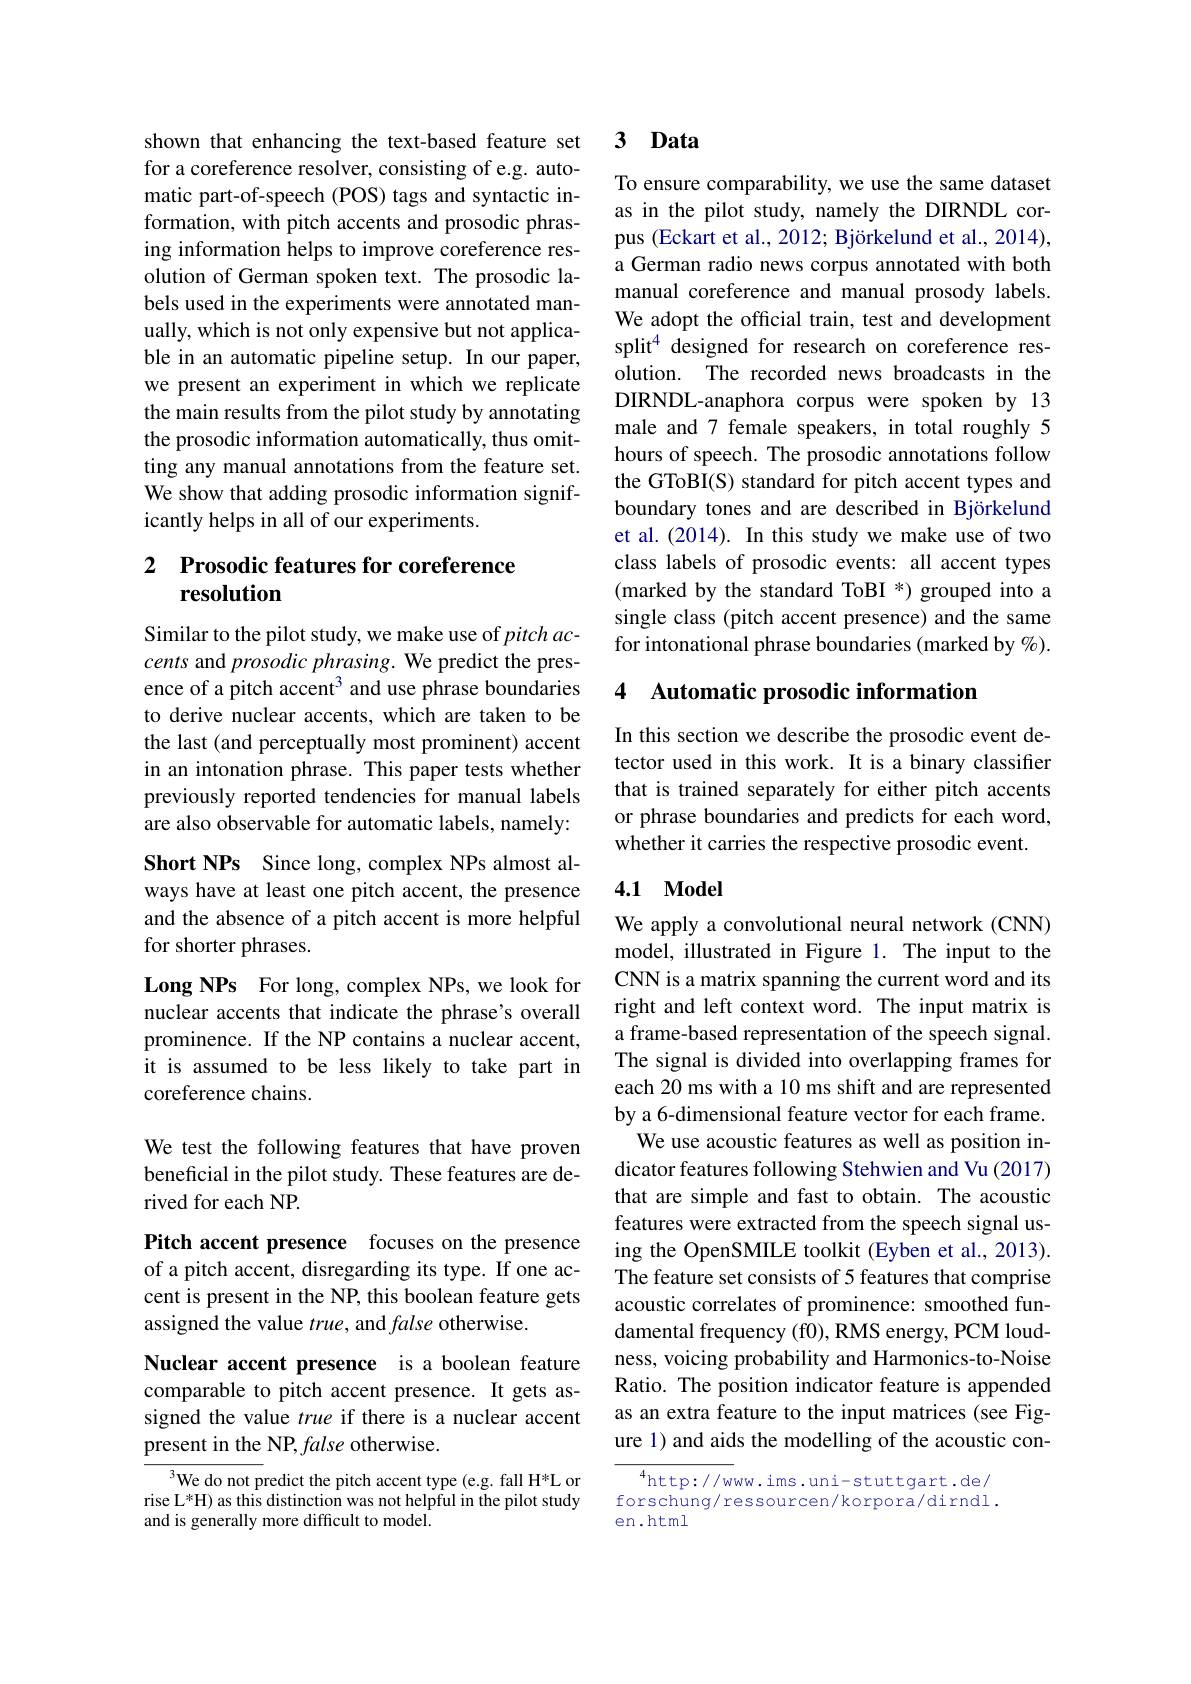
shown that enhancing the text-based feature set for a coreference resolver, consisting of e.g. automatic part-of-speech (POS) tags and syntactic information, with pitch accents and prosodic phrasing information helps to improve coreference resolution of German spoken text. The prosodic labels used in the experiments were annotated manually, which is not only expensive but not applicable in an automatic pipeline setup. In our paper, we present an experiment in which we replicate the main results from the pilot study by annotating the prosodic information automatically, thus omitting any manual annotations from the feature set. We show that adding prosodic information significantly helps in all of our experiments.

## 2 Prosodic features for coreference resolution

Similar to the pilot study, we make use of $pitchac-$ cents and prosodic phrasing. We predict the presence of a pitch accent$^3$ and use phrase boundaries to derive nuclear accents,which are taken to be the last (and perceptually most prominent) accent in an intonation phrase. This paper tests whether previously reported tendencies for manual labels are also observable for automatic labels, namely: Short NPs Since long, complex NPs almost always have at least one pitch accent, the presence and the absence of a pitch accent is more helpful for shorter phrases.
Long NPs For long, complex NPs, we look for nuclear accents that indicate the phrase's overall

prominence. If the NP contains a nuclear accent, it is assumed to be less likely to take part in coreference chains.

We test the following features that have proven beneficial in the pilot study. These features are derived for each NP.

Pitch accent presence focuses on the presence of a pitch accent, disregarding its type. If one accent is present in the NP, this boolean feature gets assigned the value $true$, and false otherwise.

Nuclear accent presence is a boolean feature comparable to pitch accent presence. It gets assigned the value true if there is a nuclear accent present in the NP, false otherwise.

We do not predict the pitch accent type (e.g. fall H*L or rise L*H) as this distinction was not helpful in the pilot study and is generally more difficult to model.

### 3 Data

To ensure comparability, we use the same dataset as in the pilot study, namely the DIRNDL corpus (Eckart et al., 2012; Björkelund et al., 2014), a German radio news corpus annotated with both manual coreference and manual prosody labels. We adopt the official train, test and development split$^{4}$ designed for research on coreference resolution. The recorded news broadcasts in the DIRNDL-anaphora corpus were spoken by 13 male and 7 female speakers, in total roughly 5 hours of speech. The prosodic annotations follow the GToBI(S) standard for pitch accent types and boundary tones and are described in Björkelund et al. (2014). In this study we make use of two class labels of prosodic events: all accent types (marked by the standard ToBI *) grouped into a single class (pitch accent presence) and the same for intonational phrase boundaries (marked by %).

## 4 Automatic prosodic information

In this section we describe the prosodic event detector used in this work. It is a binary classifier that is trained separately for either pitch accents or phrase boundaries and predicts for each word, whether it carries the respective prosodic event.

### 4.1 Model

We apply a convolutional neural network (CNN) model, illustrated in Figure 1. The input to the CNN is a matrix spanning the current word and its right and left context word. The input matrix is a frame-based representation of the speech signal. The signal is divided into overlapping frames for each 20 ms with a 10 ms shift and are represented by a 6-dimensional feature vector for each frame. We use acoustic features as well as position indicator features following Stehwien and Vu (2017) that are simple and fast to obtain. The acoustic features were extracted from the speech signal using the OpenSMILE toolkit (Eyben et al., 2013). The feature set consists of 5 features that comprise acoustic correlates of prominence: smoothed fundamental frequency (f0), RMS energy, PCM loudness, voicing probability and Harmonics-to-Noise Ratio. The position indicator feature is appended as an extra feature to the input matrices (see Figure 1) and aids the modelling of the acoustic con-

$^{4}$http://www.ims.uni-stuttgart.de/ forschung/ressourcen/korpora/dirndl. en.html